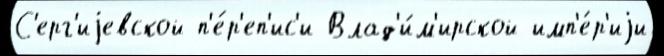
С'ерг'иjевской п'е́р'еп'ис'и Влад'и́м'ирской имп'е́р'иjи